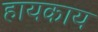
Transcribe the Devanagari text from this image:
हायकाय